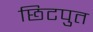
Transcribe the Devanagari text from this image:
छिटपुत